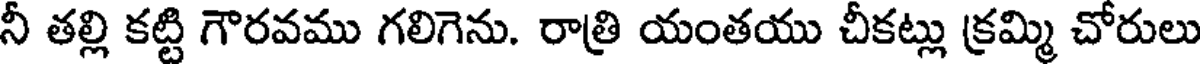
నీ తల్లి కట్టి గౌరవము గలిగెను. రాత్రి యంతయు చీకట్లు క్రమ్మి చోరులు